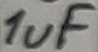
Text: 1uF